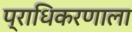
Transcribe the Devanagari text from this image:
प्राधिकरणाला